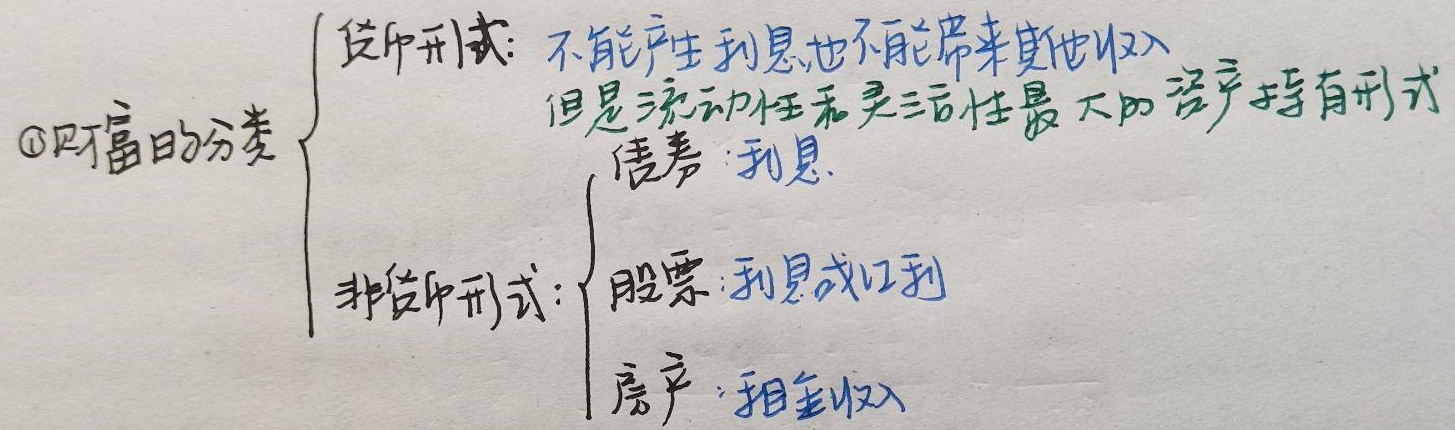
\textcircled{1}财富的分类
\[
\begin{cases}
\text{货币形式：不能产生利息也不能带来其他收入，但是流动性和灵活性最大的资产持有形式}\\
\text{非货币形式：}
\begin{cases}
\text{债券：利息}\\
\text{股票：利息或红利}\\
\text{房产：租金收入}
\end{cases}
\end{cases}
\]